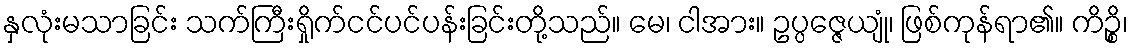
နှလုံးမသာခြင်း သက်ကြီးရှိုက်ငင်ပင်ပန်းခြင်းတို့သည်။ မေ၊ ငါအား။ ဥပ္ပဇ္ဇေယျုံ၊ ဖြစ်ကုန်ရာ၏။ ကိဉ္စိ၊